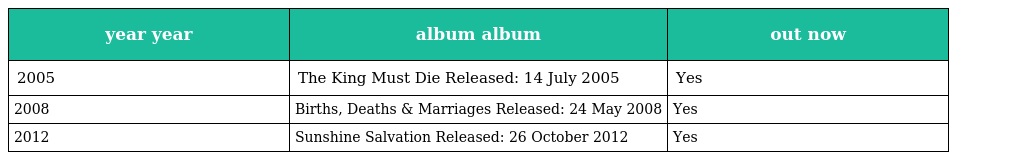
| year year | album album | out now |
 | --- | --- | --- |
 | 2005 | The King Must Die Released: 14 July 2005 | Yes |
 | 2008 | Births, Deaths & Marriages Released: 24 May 2008 | Yes |
 | 2012 | Sunshine Salvation Released: 26 October 2012 | Yes |